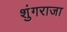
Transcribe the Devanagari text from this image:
शुंगराजा